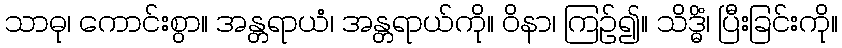
သာဓု၊ ကောင်းစွာ။ အန္တရာယံ၊ အန္တရာယ်ကို။ ဝိနာ၊ ကြဉ်၍။ သိဒ္ဓိံ၊ ပြီးခြင်းကို။